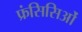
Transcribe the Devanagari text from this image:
फ्रंसिसिओं